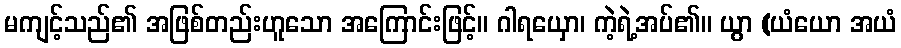
မကျင့်သည်၏ အဖြစ်တည်းဟူသော အကြောင်းဖြင့်။ ဂါရယှော၊ ကဲ့ရဲ့အပ်၏။ ယွာ (ယံယော အယံ